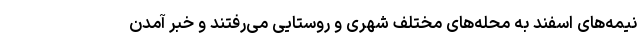
نیمه‌های اسفند به محله‌های مختلف شهری و روستایی می‌رفتند و خبر آمدن